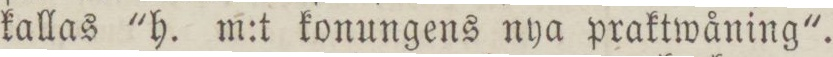
kallas 'h. m:t konungens nya praktwåning'.